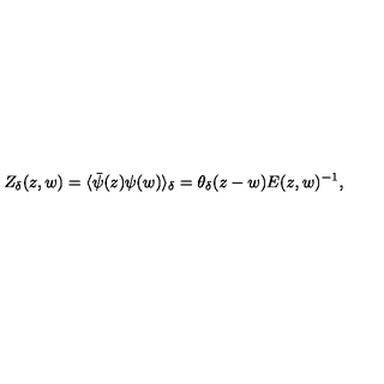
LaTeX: Z _ { \delta } ( z , w ) = \langle \bar { \psi } ( z ) \psi ( w ) \rangle _ { \delta } = \theta _ { \delta } ( z - w ) E ( z , w ) ^ { - 1 } ,